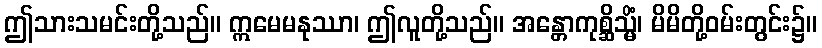
ဤသားသမင်းတို့သည်။ ဣမေမနုဿာ၊ ဤလူတို့သည်။ အန္တောကုစ္ဆိသ္မိံ၊ မိမိတို့ဝမ်းတွင်း၌။